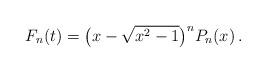
LaTeX: \begin{align*}F_n(t)=\big(x-\sqrt{x^2-1}\big)^n P_n(x)\,.\end{align*}